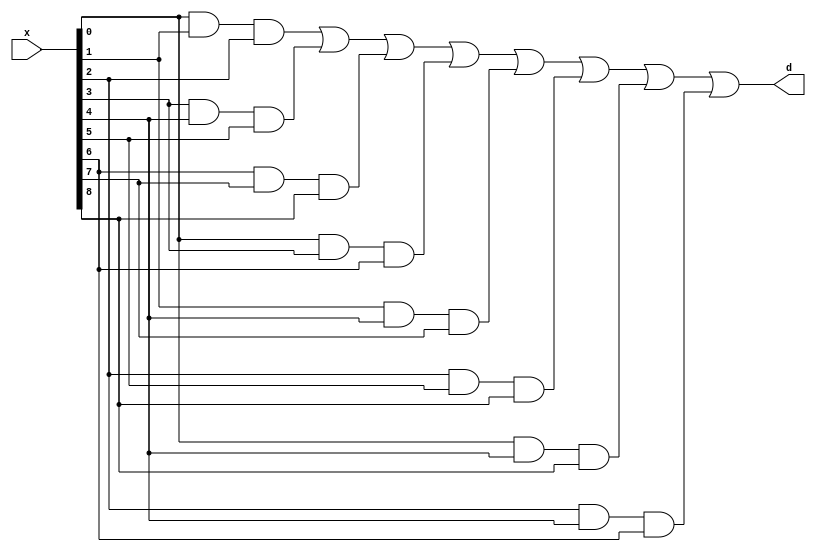
`timescale 1ns / 1ps
//////////////////////////////////////////////////////////////////////////////////
// Company: 
// Engineer: 
// 
// Design Name: 
// Module Name:    f3inrow 
// Project Name: 
// Target Devices: 
// Tool versions: 
// Description: 
//
// Dependencies: 
//
// Revision: 
// Revision 0.01 - File Created
// Additional Comments: 
//
//////////////////////////////////////////////////////////////////////////////////
module f3inrow(x, d);

	input[8:0] x;
	output d;
	
	assign d = (
	(x[0]&&x[1]&&x[2]) |
	(x[3]&&x[4]&&x[5]) |
	(x[6]&&x[7]&&x[8]) |
	(x[0]&&x[3]&&x[6]) |
	(x[1]&&x[4]&&x[7]) |
	(x[2]&&x[5]&&x[8]) |
	(x[0]&&x[4]&&x[8]) |
	(x[2]&&x[4]&&x[6])
	);


endmodule